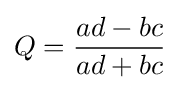
Q={\frac {ad-bc}{ad+bc}}